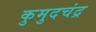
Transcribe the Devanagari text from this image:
कुमुदचंद्र